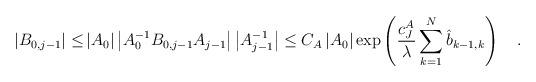
LaTeX: \begin{align*}\left|B_{0,j-1}\right|\le& \left|A_0\right|\left|A_0^{-1}B_{0,j-1}A_{j-1}\right|\left|A_{j-1}^{-1}\right|\le C_A\left|A_0\right|\exp \left(\frac{c^{A}_J}{\lambda}\sum_{k=1}^{N}\hat{b}_{k-1,k}\right)\quad.\end{align*}